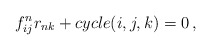
\begin{align*}f^n_{ij}r_{nk}+cycle(i,j,k)=0\,,\end{align*}